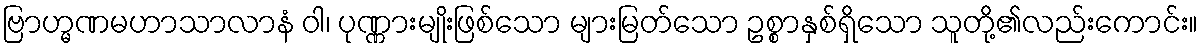
ဗြာဟ္မဏမဟာသာလာနံ ဝါ၊ ပုဏ္ဏားမျိုးဖြစ်သော များမြတ်သော ဥစ္စာနှစ်ရှိသော သူတို့၏လည်းကောင်း။